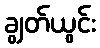
ချွတ်ယွင်း